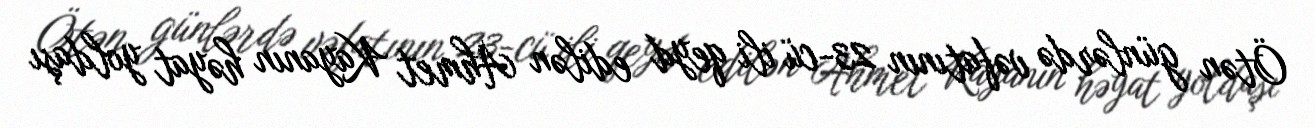
Ötən günlərdə vəfatının 23-cü ili qeyd edilən Ahmet Kayanın həyat yoldaşı